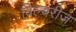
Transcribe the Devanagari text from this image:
विल्बरीज